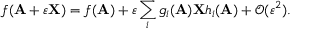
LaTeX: f ( \mathbf { A } + \varepsilon \mathbf { X } ) = f ( \mathbf { A } ) + \varepsilon \sum _ { i } g _ { i } ( \mathbf { A } ) \mathbf { X } h _ { i } ( \mathbf { A } ) + { \mathcal { O } } ( \varepsilon ^ { 2 } ) .